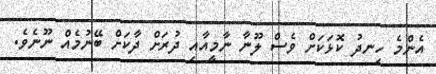
އެންމެ ހިނދު ކޮޅަކަށް ވެސް ލޫނާ ނާމީއާއި ދުރަށް ދާކަށް ބޭނުމެއް ނޫނެވެ.